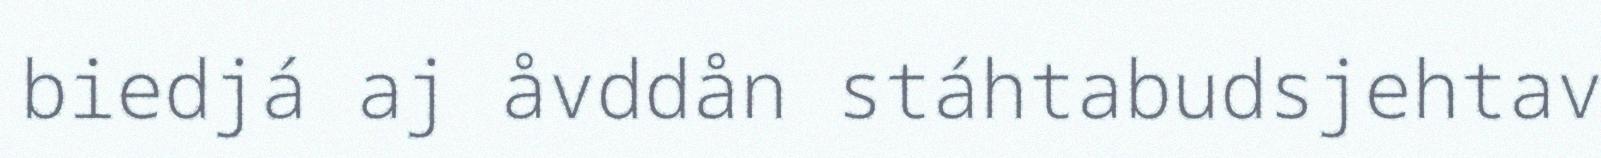
biedjá aj åvddån stáhtabudsjehtav